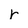
Character: r